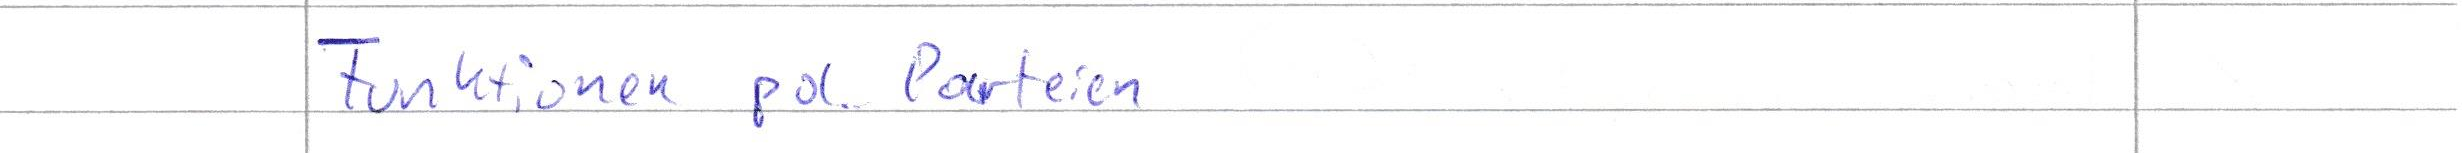
Funktionen pol. Parteien